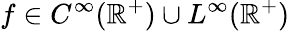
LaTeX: f\in C^{\infty}(\mathbb R^{+})\cup L^{\infty}(\mathbb R^{+})